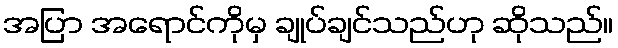
အပြာ အရောင်ကိုမှ ချုပ်ချင်သည်ဟု ဆိုသည်။